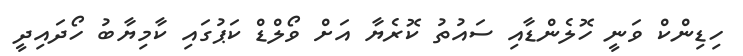
ހިޑިންކް ވަނީ ހޮލެންޑާއި ސައުތު ކޮރެޔާ އަށް ވޯލްޑް ކަޕުގައި ކާމިޔާބު ހޯދައިދީ